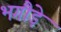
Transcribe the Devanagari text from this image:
भगौड़े